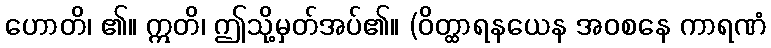
ဟောတိ၊ ၏။ ဣတိ၊ ဤသို့မှတ်အပ်၏။ (ဝိတ္ထာရနယေန အဝစနေ ကာရဏံ